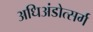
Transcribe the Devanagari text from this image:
अधिअंडोत्सर्ग